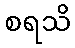
စရသိ